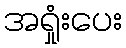
အရှုံးပေး